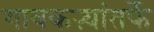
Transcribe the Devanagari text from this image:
गावकऱ्यांतर्फे